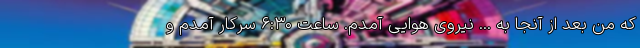
که من بعد از آنجا به ... نیروی هوایی آمدم. ساعت ۶:۳۰ سرکار آمدم و